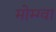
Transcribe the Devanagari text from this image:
मोम्ग्वा